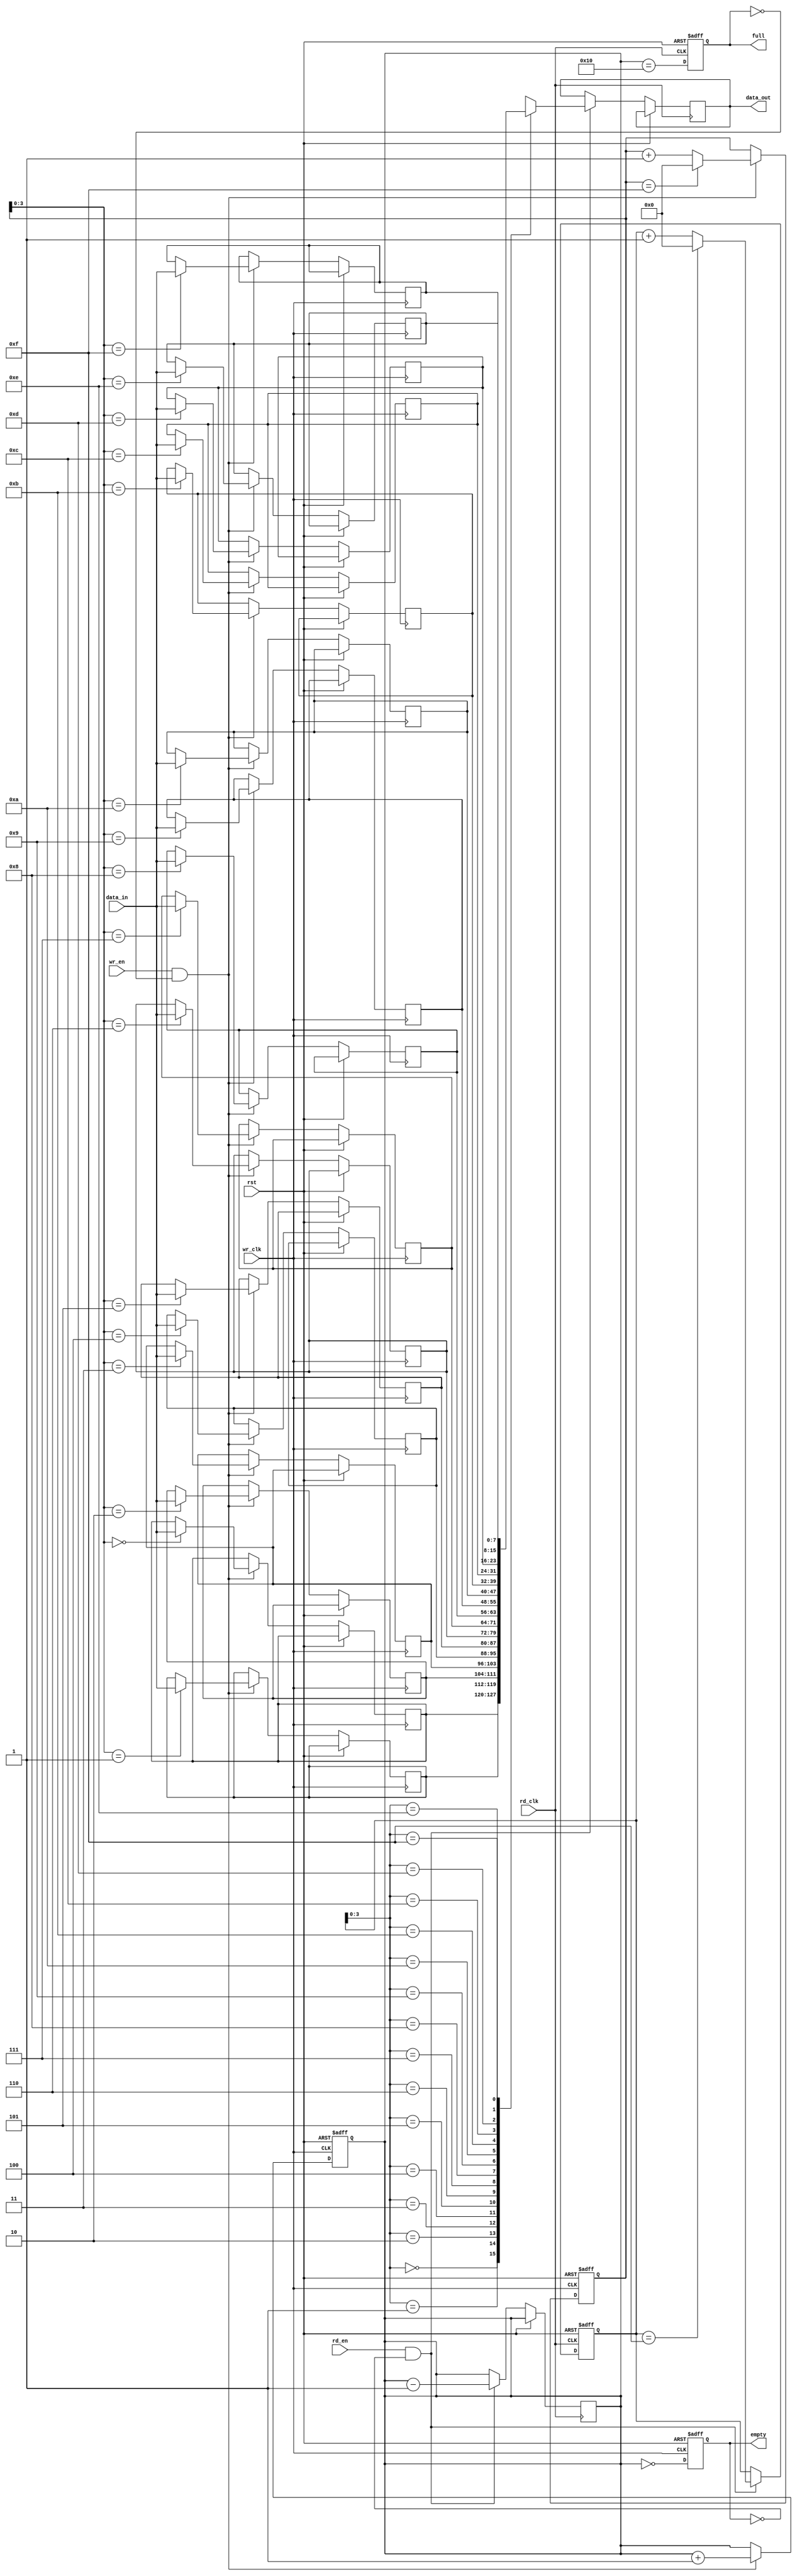
module fifo_async(
    input wr_clk,
    input rd_clk,
    input rst,
    input wr_en,
    input rd_en,
    input [DATA_WIDTH-1:0] data_in,
    output reg [DATA_WIDTH-1:0] data_out,
    output reg empty,
    output reg full);

parameter DEPTH = 16;  
parameter DATA_WIDTH = 8; 
reg [DATA_WIDTH-1:0] fifo [DEPTH-1:0];
reg [DEPTH-1:0] wr_ptr, rd_ptr;
reg [4:0] count;

always @(posedge wr_clk or posedge rst) begin
    if (rst) begin
        wr_ptr <= 0;
        count <= 0;
        empty <= 1;
    end else begin
        if (wr_en && !full) begin
            fifo[wr_ptr] <= data_in;
            wr_ptr <= (wr_ptr == DEPTH-1) ? 0 : wr_ptr + 1;
            count <= count + 1;
        end

        empty <= (count == 0);
    end
end

always @(posedge rd_clk or posedge rst) begin
    if (rst) begin
        rd_ptr <= 0;
        full <= 0;
    end else begin
        if (rd_en && !empty) begin
            data_out <= fifo[rd_ptr];
            rd_ptr <= (rd_ptr == DEPTH-1) ? 0 : rd_ptr + 1;
            count <= count - 1;
        end

        full <= (count == DEPTH);
    end
end

endmodule